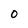
Character: 0